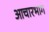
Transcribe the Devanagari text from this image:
आचारभाग